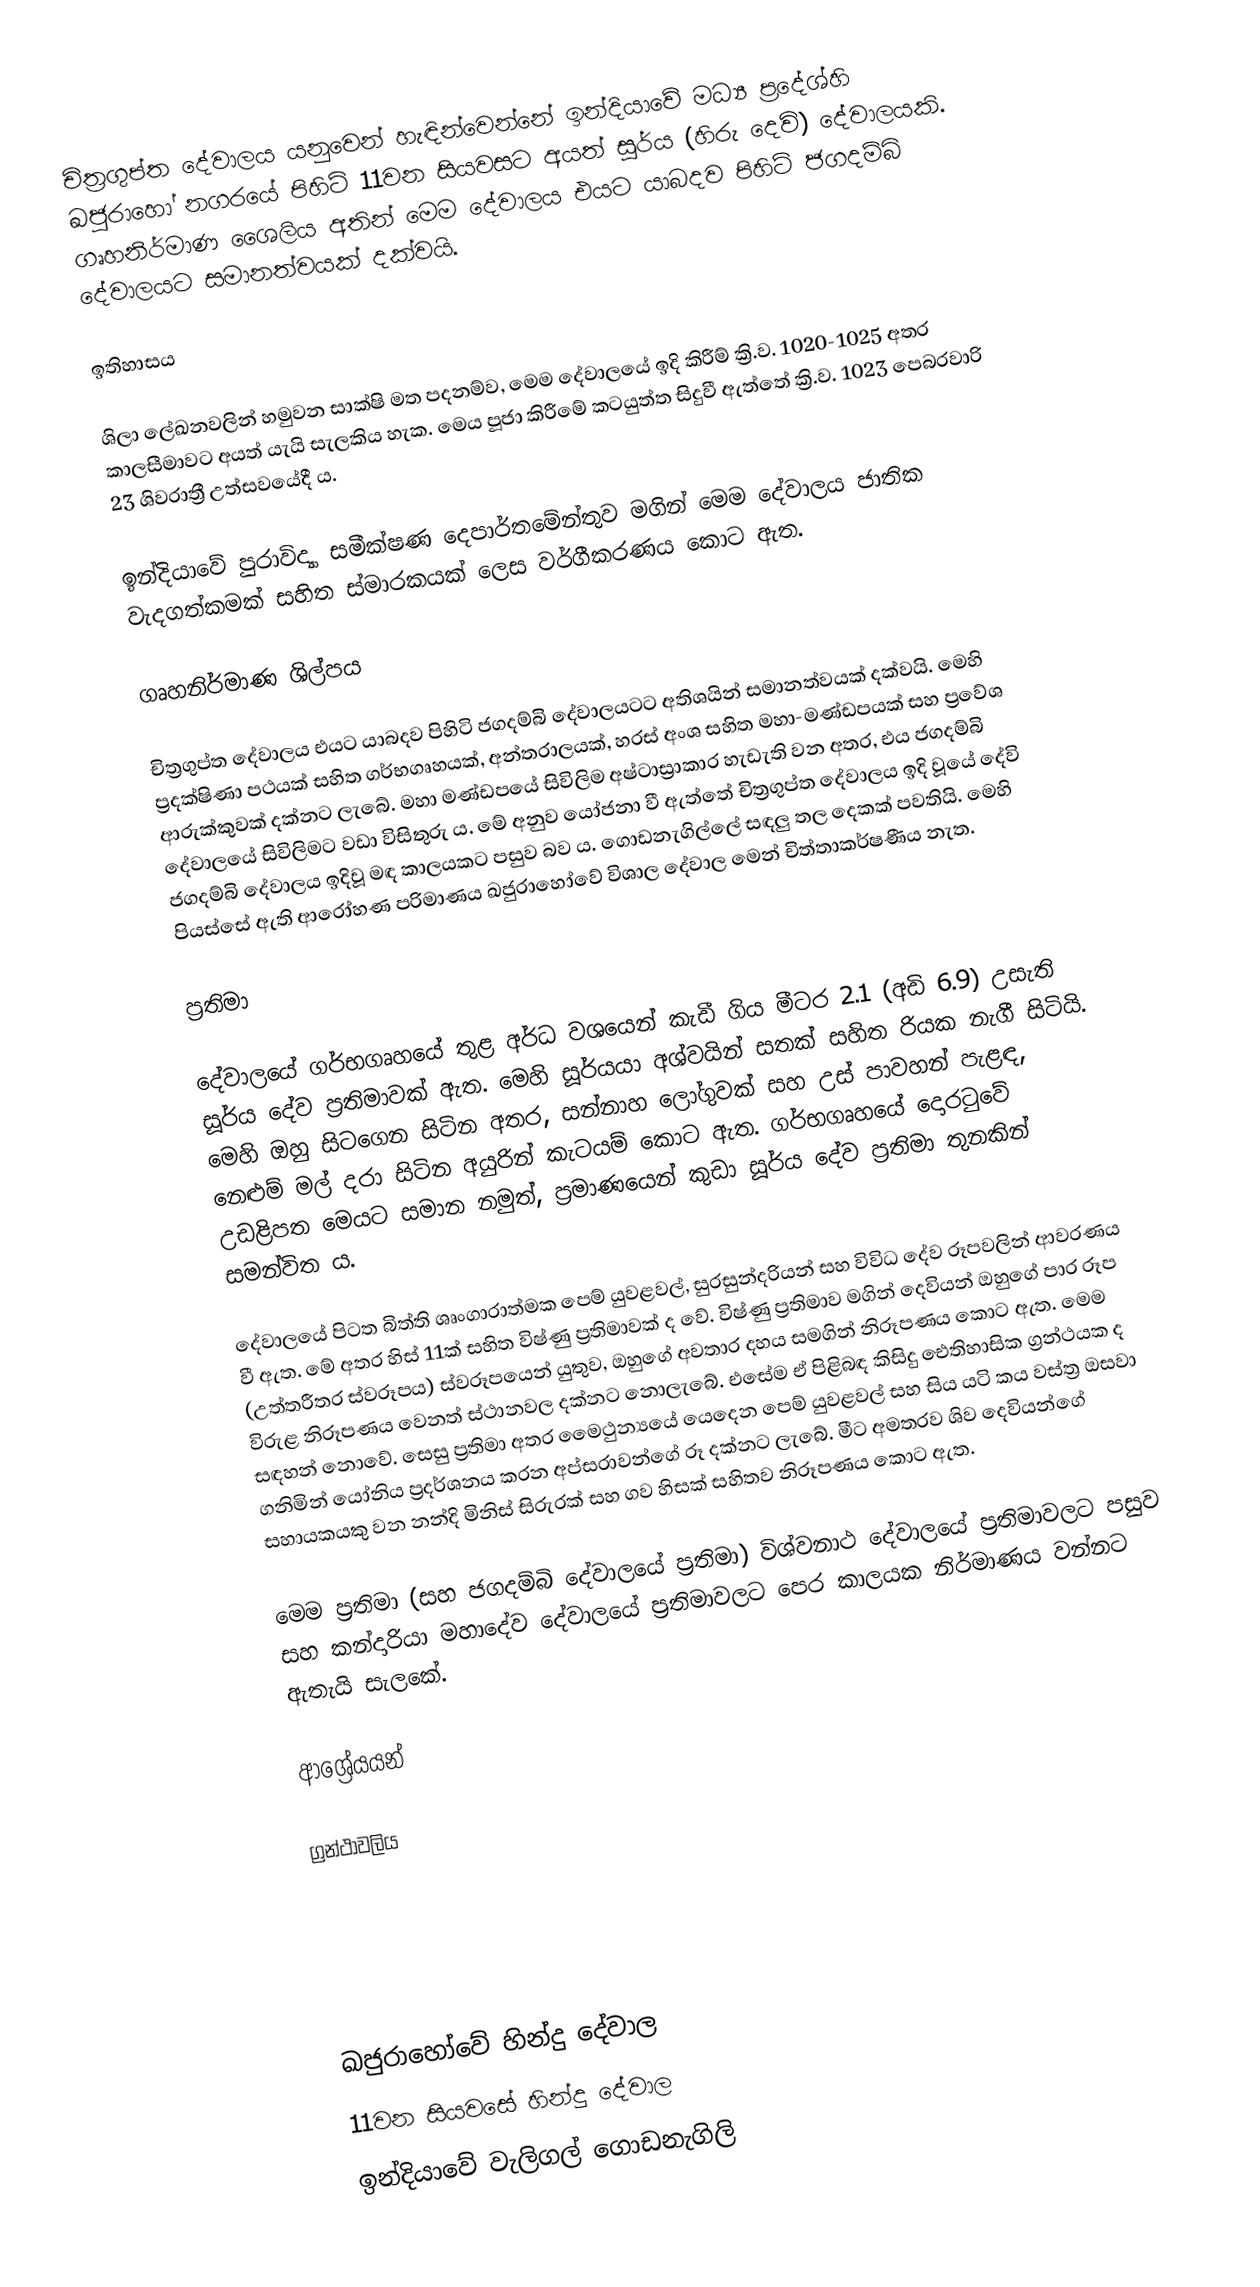
චිත්‍රගුප්ත දේවාලය යනුවෙන් හැඳින්වෙන්නේ ඉන්දියාවේ මධ්‍ය ප්‍රදේශ්හි ඛජුරාහෝ නගරයේ පිහිටි 11වන සියවසට අයත් සූර්ය (හිරු දෙවි) දේවාලයකි. ගෘහනිර්මාණ ශෛලිය අතින් මෙම දේවාලය එයට යාබදව පිහිටි ජගදම්බි දේවාලයට සමානත්වයක් දක්වයි.

ඉතිහාසය

ශිලා ලේඛනවලින් හමුවන සාක්ෂි මත පදනම්ව, මෙම දේවාලයේ ඉදි කිරීම් ක්‍රි.ව. 1020-1025 අතර කාලසීමාවට අයත් යැයි සැලකිය හැක. මෙය පූජා කිරීමේ කටයුත්ත සිදුවී ඇත්තේ ක්‍රි.ව. 1023 පෙබරවාරි 23 ශිවරාත්‍රී උත්සවයේදී ය.

ඉන්දියාවේ පුරාවිද්‍යා සමීක්ෂණ දෙපාර්තමේන්තුව මගින් මෙම දේවාලය ජාතික වැදගත්කමක් සහිත ස්මාරකයක් ලෙස වර්ගීකරණය කොට ඇත.

ගෘහනිර්මාණ ශිල්පය

චිත්‍රගුප්ත දේවාලය එයට යාබදව පිහිටි ජගදම්බි දේවාලයටට අතිශයින් සමානත්වයක් දක්වයි. මෙහි ප්‍රදක්ෂිණා පථයක් සහිත ගර්භගෘහයක්, අන්තරාලයක්, හරස් අංශ සහිත මහා-මණ්ඩපයක් සහ ප්‍රවේශ ආරුක්කුවක් දක්නට ලැබේ. මහා මණ්ඩපයේ සිවිලිම අෂ්ටාස්‍රාකාර හැඩැති වන අතර, එය ජගදම්බි දේවාලයේ සිවිලිමට වඩා විසිතුරු ය. මේ අනුව යෝජනා වී ඇත්තේ චිත්‍රගුප්ත දේවාලය ඉදි වූයේ දේවි ජගදම්බි දේවාලය ඉදිවූ මඳ කාලයකට පසුව බව ය. ගොඩනැගිල්ලේ සඳලු තල දෙකක් පවතියි. මෙහි පියස්සේ ඇති ආරෝහණ පරිමාණය ඛජුරාහෝවේ විශාල දේවාල මෙන් චිත්තාකර්ෂණීය නැත.

ප්‍රතිමා

දේවාලයේ ගර්භගෘහයේ තුළ අර්ධ වශයෙන් කැඩී ගිය මීටර 2.1 (අඩි 6.9) උසැති සූර්ය දේව ප්‍රතිමාවක් ඇත. මෙහි සූර්යයා අශ්වයින් සතක් සහිත රියක නැගී සිටියි. මෙහි ඔහු සිටගෙන සිටින අතර, සන්නාහ ලෝගුවක් සහ උස් පාවහන් පැළඳ, නෙළුම් මල් දරා සිටින අයුරින් කැටයම් කොට ඇත. ගර්භගෘහයේ දොරටුවේ උඩළිපත මෙයට සමාන නමුත්, ප්‍රමාණයෙන් කුඩා සූර්ය දේව ප්‍රතිමා තුනකින් සමන්විත ය.

දේවාලයේ පිටත බිත්ති ශෘංගාරාත්මක පෙම් යුවළවල්, සුරසුන්දරියන් සහ විවිධ දේව රූපවලින් ආවරණය වී ඇත. මේ අතර හිස් 11ක් සහිත විෂ්ණු ප්‍රතිමාවක් ද වේ. විෂ්ණු ප්‍රතිමාව මගින් දෙවියන් ඔහුගේ පාර රූප (උත්තරීතර ස්වරූපය) ස්වරූපයෙන් යුතුව, ඔහුගේ අවතාර දහය සමගින් නිරූපණය කොට ඇත. මෙම විරුළ නිරූපණය වෙනත් ස්ථානවල දක්නට නොලැබේ. එසේම ඒ පිළිබඳ කිසිදු ඓතිහාසික ග්‍රන්ථයක ද සඳහන් නොවේ. සෙසු ප්‍රතිමා අතර මෛථුන්‍යයේ යෙදෙන පෙම් යුවළවල් සහ සිය යටි කය වස්ත්‍ර ඔසවා ගනිමින් යෝනිය ප්‍රදර්ශනය කරන අප්සරාවන්ගේ රූ දක්නට ලැබේ. මීට අමතරව ශිව දෙවියන්ගේ සහායකයකු වන නන්දි මිනිස් සිරුරක් සහ ගව හිසක් සහිතව නිරූපණය කොට ඇත.

මෙම ප්‍රතිමා (සහ ජගදම්බි දේවාලයේ ප්‍රතිමා) විශ්වනාථ දේවාලයේ ප්‍රතිමාවලට පසුව සහ කන්දාරියා මහාදේව දේවාලයේ ප්‍රතිමාවලට පෙර කාලයක නිර්මාණය වන්නට ඇතැයි සැලකේ.

ආශ්‍රේයයන්

ග්‍රන්ථාවලිය

ඛජුරාහෝවේ හින්දු දේවාල
11වන සියවසේ හින්දු දේවාල
ඉන්දියාවේ වැලිගල් ගොඩනැගිලි